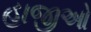
હાજીઓ